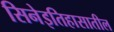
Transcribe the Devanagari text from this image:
सिनेइतिहासातील